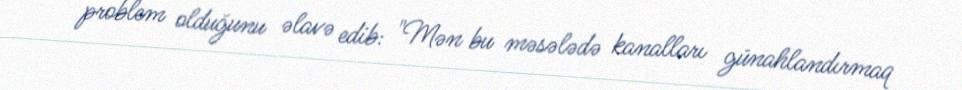
problem olduğunu əlavə edib: "Mən bu məsələdə kanalları günahlandırmaq